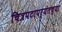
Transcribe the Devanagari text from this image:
चित्रपटापर्यंतच्या